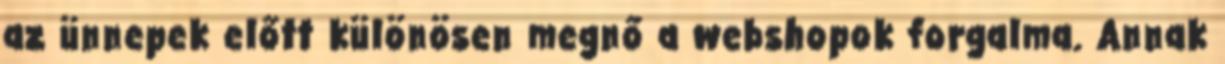
az ünnepek előtt különösen megnő a webshopok forgalma. Annak